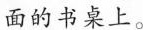
面的书桌上。